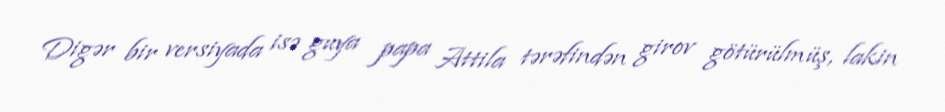
Digər bir versiyada isə guya papa Attila tərəfindən girov götürülmüş, lakin